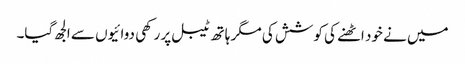
میں نے خود اٹھنے کی کوشش کی مگر ہاتھ ٹیبل پر رکھی دوائیوں سے الجھ گیا۔